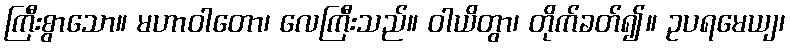
ကြီးစွာသော။ မဟာဝါတော၊ လေကြီးသည်။ ဝါယိတွာ၊ တိုက်ခတ်၍။ ဥပရမေယျ၊